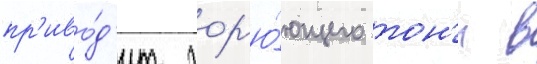
пр'иво́д'ит гор'ю́ющего тон'и в